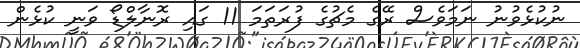
ނުކުޅެވުނު ނަމަވެސް ރޭގެ މެޗުގެ ފުރަތަމަ 11 ގައި ރޮނާލްޑޯ ވަނީ ކުޅެން